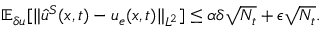
\mathbb { E } _ { \delta u } [ \| \hat { u } ^ { S } ( \boldsymbol { x } , t ) - u _ { e } ( \boldsymbol { x } , t ) \| _ { L ^ { 2 } } ] \le \alpha \delta \sqrt { N _ { t } } + \epsilon \sqrt { N _ { t } } .